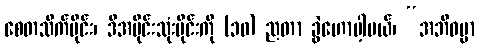
စေတသိက်ပိုင်း၊ ဒီအပိုင်းသုံးပိုင်းကို (၁၀) ညတာ ခွဲဟောပါ့မယ်၊ “အဘိဓမ္မာ